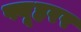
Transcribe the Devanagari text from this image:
फ्यूहरर